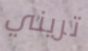
تريني